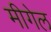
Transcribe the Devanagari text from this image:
मीगेल